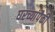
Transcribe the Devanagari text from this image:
घरच्यांपैकी